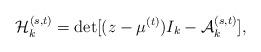
LaTeX: \begin{align*}{\cal H}_{k}^{(s,t)}=\det[(z-\mu^{(t)})I_k-{\cal A}_{k}^{(s,t)}],\end{align*}